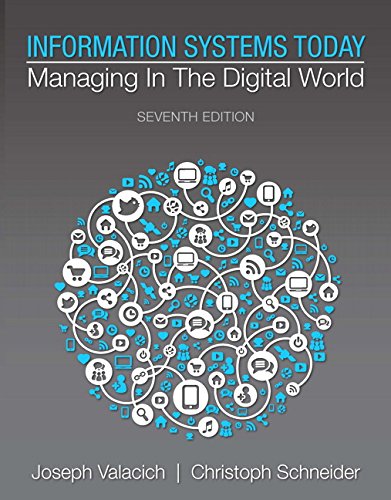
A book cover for Information Systems Today: Managing in the Digital World (7th Edition) (Newest Edition); Joseph Valacich; Business & Money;